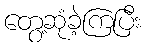
တွေ့ဆုံခဲ့ကြပြီး